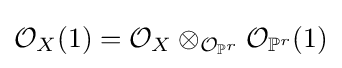
{\mathcal {O}}_{X}(1)={\mathcal {O}}_{X}\otimes _{{\mathcal {O}}_{\mathbb {P} ^{r}}}{\mathcal {O}}_{\mathbb {P} ^{r}}(1)